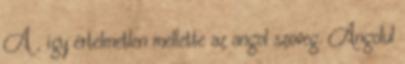
A , így értelmetlen mellette az angol szöveg. Angolul